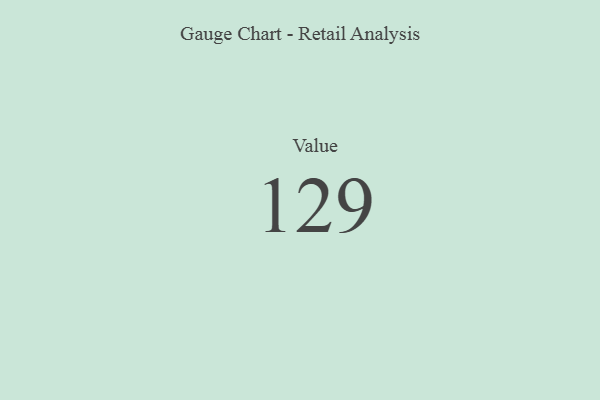
{"axis": {"x": "Metric", "y": "Value"}, "legend": [""], "data": [{"x": "Value", "y": 129, "type": ""}]}